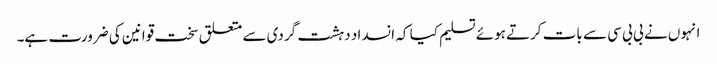
انہوں نے بی بی سی سے بات کرتے ہوئے تسلیم کیا کہ انسداد دہشت گردی سے متعلق سخت قوانین کی ضرورت ہے۔